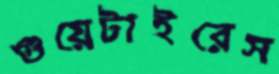
গুয়েটাইরেস